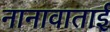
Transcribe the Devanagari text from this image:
नानावाताई